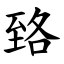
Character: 臵